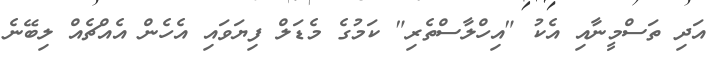
އަދި ތަސްމީނާއި އެކު "އިހްލާސްތެރި" ކަމުގެ މެޑަލް ފިޔަވައި އެހެން އެއްޗެއް ލިބޭނެ